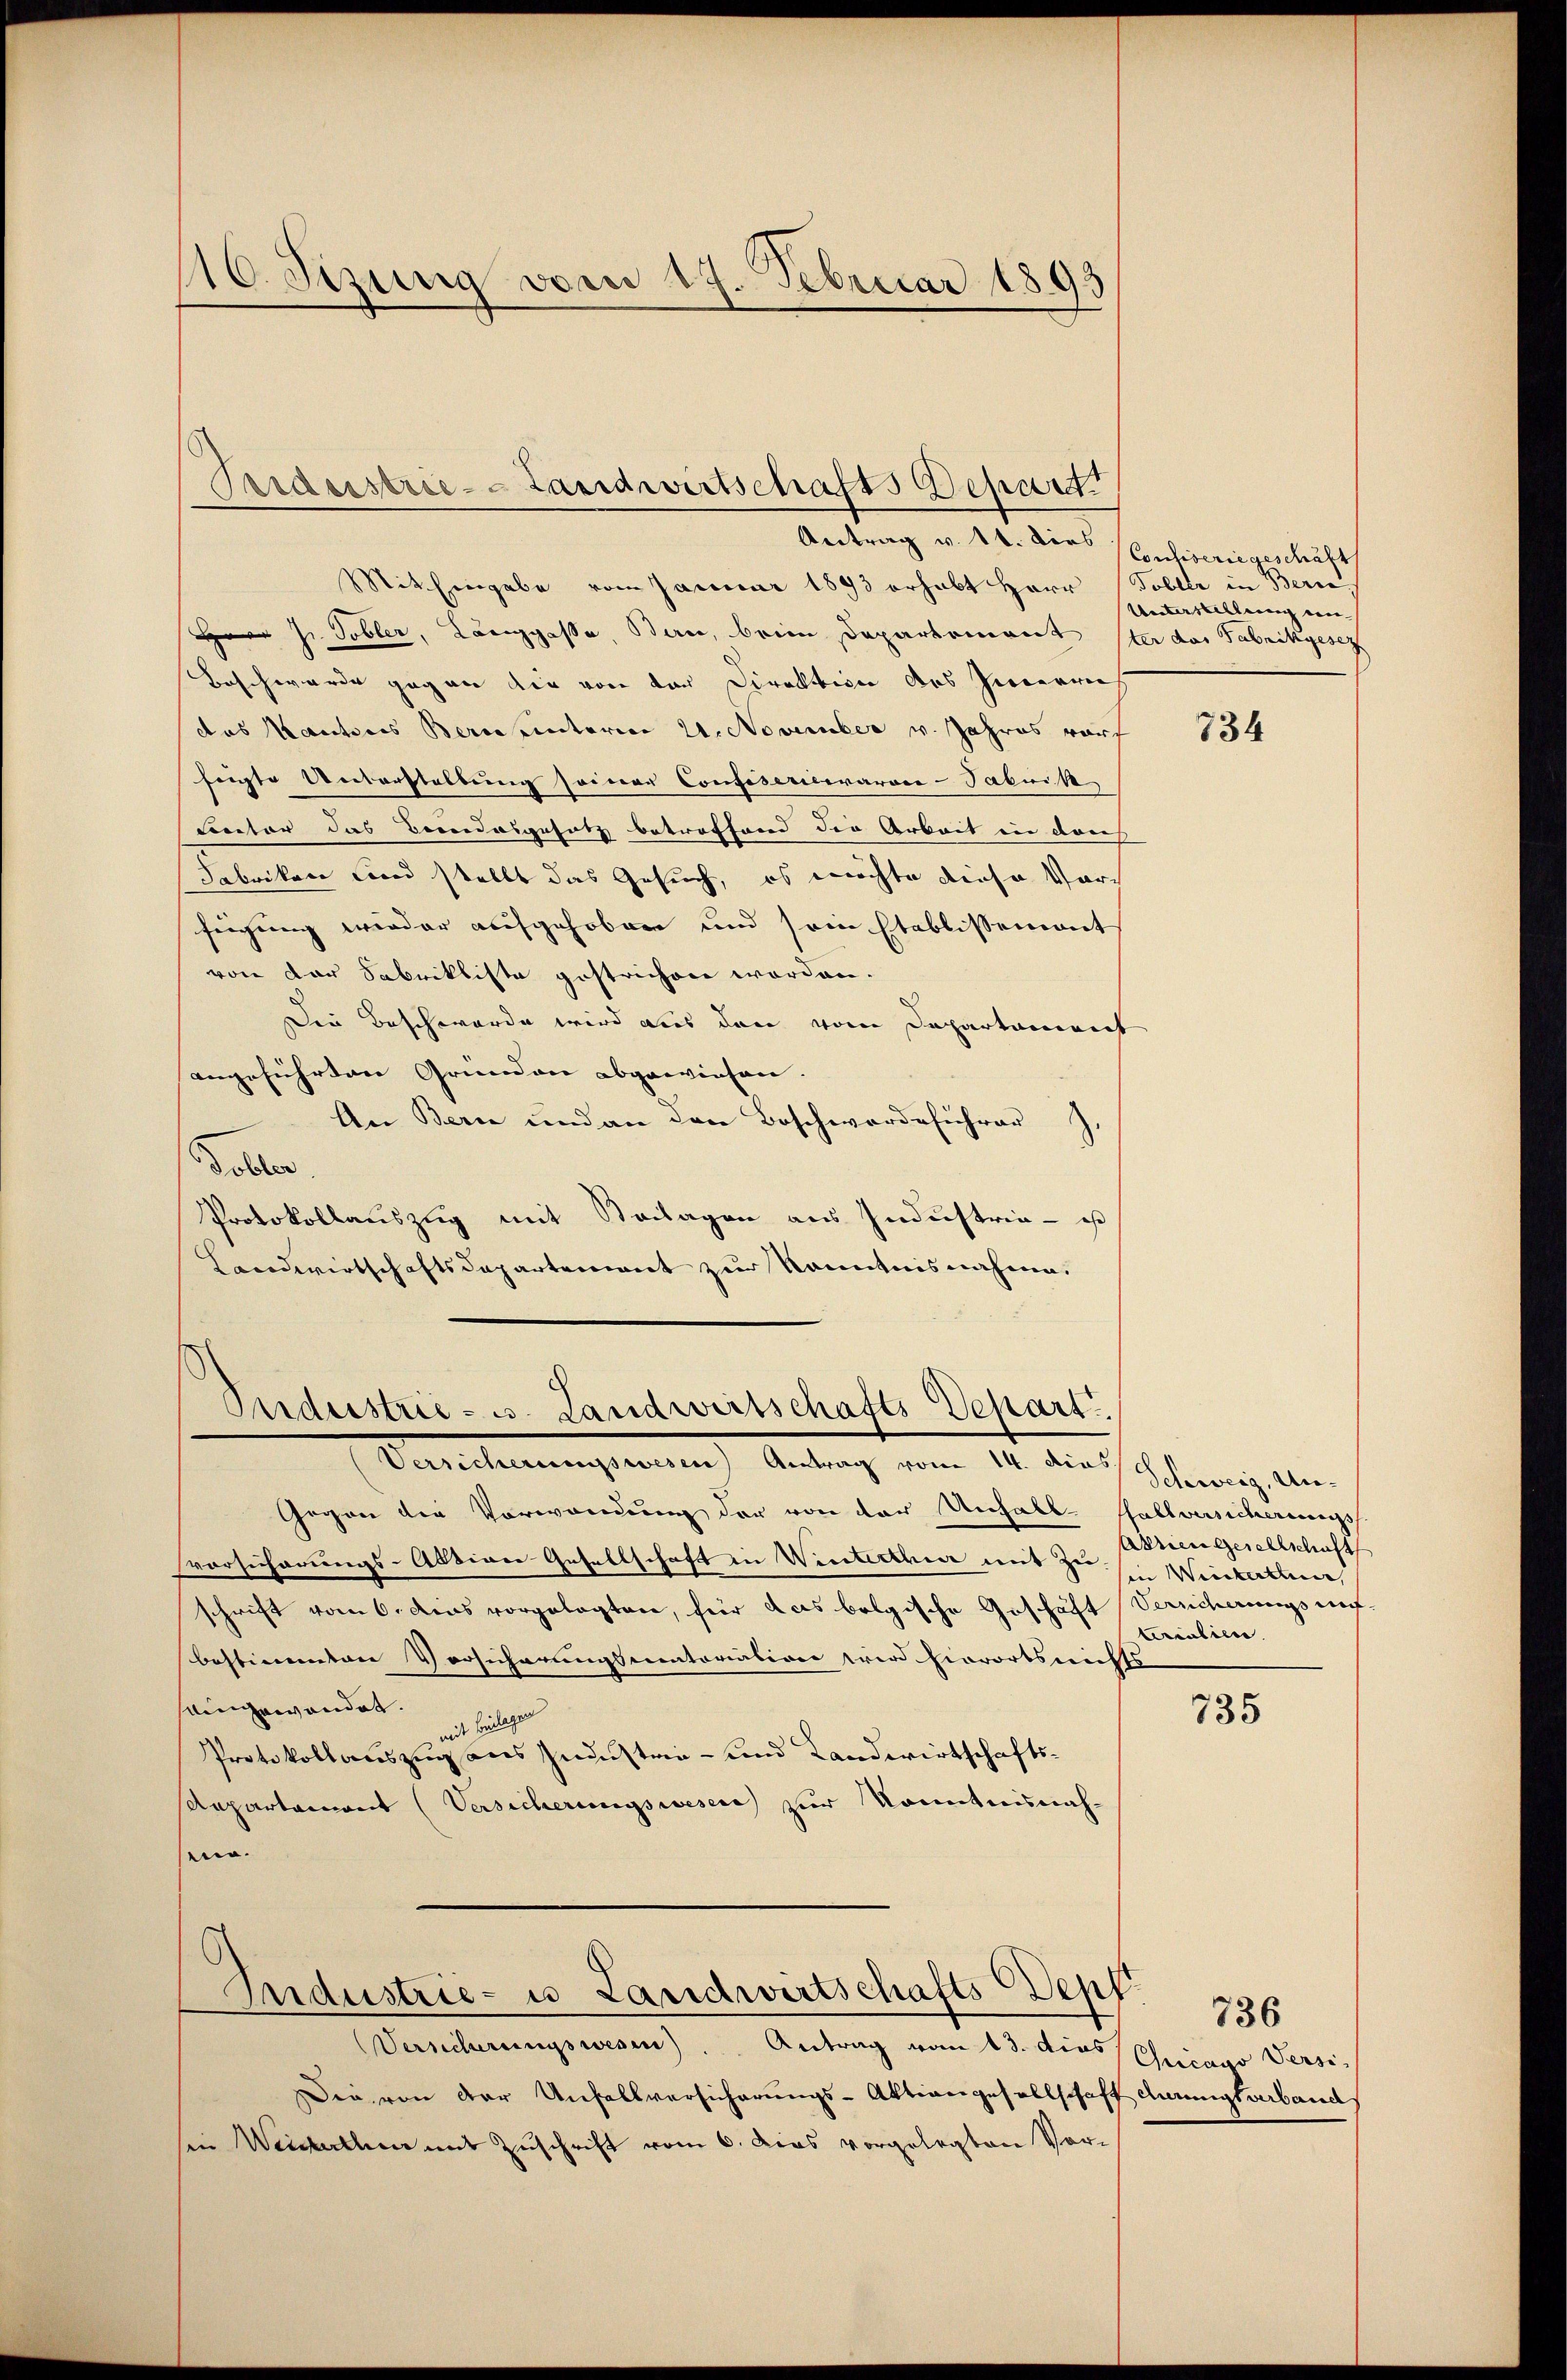
16. Sizung vom 17. Februar 1893

Perdesstrie-Landwirtschafts Depart
Antrag v. 14. dies

Pndustrie-S. Landwirtschafts-Depart
Darlehnung einen Antrag vom 10. die Scherung ein

Mithingabe vom Januar 1893 erhabt Herr Tobler in Berne
H J. Tobler, Langgasse Bau, beim Departement ster das Fabrikgesez
Beschwerde gegen die von der Direktion des Zierre
das Kantons Berneinterien 21. November v. Jahres vors
feigte Unterstellung seiner Confiseriewaroce-Tabnik
Lector das Beendesgesetz betreffend der Arbeit in das
Fabriken Land stellt das Gesuch, es möchte diese Vorfügung wieder aufgehoben und sein Etablissement
von der Sabrikliste gestrichen worden.
Die Beschwerde wird aus den vom Departament
angeführten Gründen abgewiesen.
An Bern und an den Beschwerdeführer
Follen.
Protokollauszug mit Steilagen aus Industria - es
Landwirtschaftsdepartement zur Kenntnisnahme.

Gegen die Vorwandung der von der Unhalb-Hallversicherungs
vorsicherungs-Active Gesellschaft in Winterthe mit zu. Winterteier,
schrift vom 6. des vorgelegten, für das belgische Geschäft
bestimmten Vorsicherungsmatoriation wird hierorts nichts
eingewandet.
mit belegen
Protokollauszug aus Industria - und Landwirtschaftssepartament (Versicherungswesen zur Kenntnisnahsund

Industrie- u. Landwirtschafts Depf. 736.

Versicherungswesen). Antrag vom 13. dies Chicago Persi¬
Die von der Unfallversicherungs-Aktiengesellschaft drungsverband
sie Weisethen mit Zuschrift vom 6. dies vorgelegten Vor-

Consiserie geschäft
Unterstellung ein-

Arien Gesellschaft
Versicherungs auf
terialien

734

735